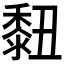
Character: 𪏲